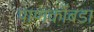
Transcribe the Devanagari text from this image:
पाणकोंबडा